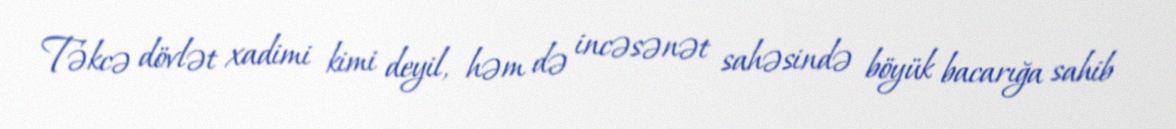
Təkcə dövlət xadimi kimi deyil, həm də incəsənət sahəsində böyük bacarığa sahib